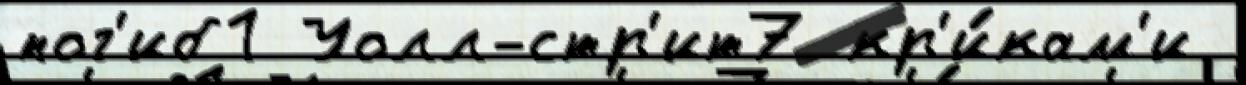
пог'иб1 Уолл-стр'ит7 кр'и́кам'и